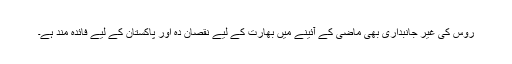
روس کی غیر جانبداری بھی ماضی کے آئینے میں بھارت کے لیے نقصان دہ اور پاکستان کے لیے فائدہ مند ہے۔